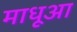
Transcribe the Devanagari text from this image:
माधूआ